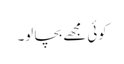
کوئی مجھے بچا لو۔